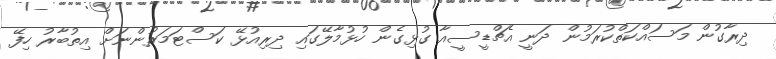
ދިރާގުން މަސައްކަތްކުރަމުން ދަނީ އެޗްޑީސީއާ ގުޅިގެން ހުޅުމާލޭގައި ދިރިއުޅޭ ކަސްޓަމަރުންނަށް އިތުބާރު ހިފޭ